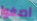
اصغوا